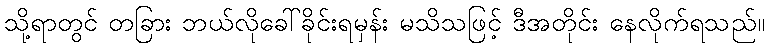
သို့ရာတွင် တခြား ဘယ်လိုခေါ်ခိုင်းရမှန်း မသိသဖြင့် ဒီအတိုင်း နေလိုက်ရသည်။